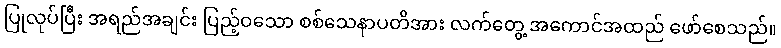
ပြုလုပ်ပြီး အရည်အချင်း ပြည့်ဝသော စစ်သေနာပတိအား လက်တွေ့ အကောင်အထည် ဖော်စေသည်။